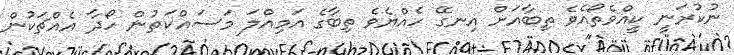
ނުކުރަނީ ކީއްވެތޯއެވެ ތިބާއަށް އިނގޭ ހެއްޔެވެ ތިބާގެ އަމިއްލަ މަސައްކަތުން ހޯދާ އެއްޗަކުން